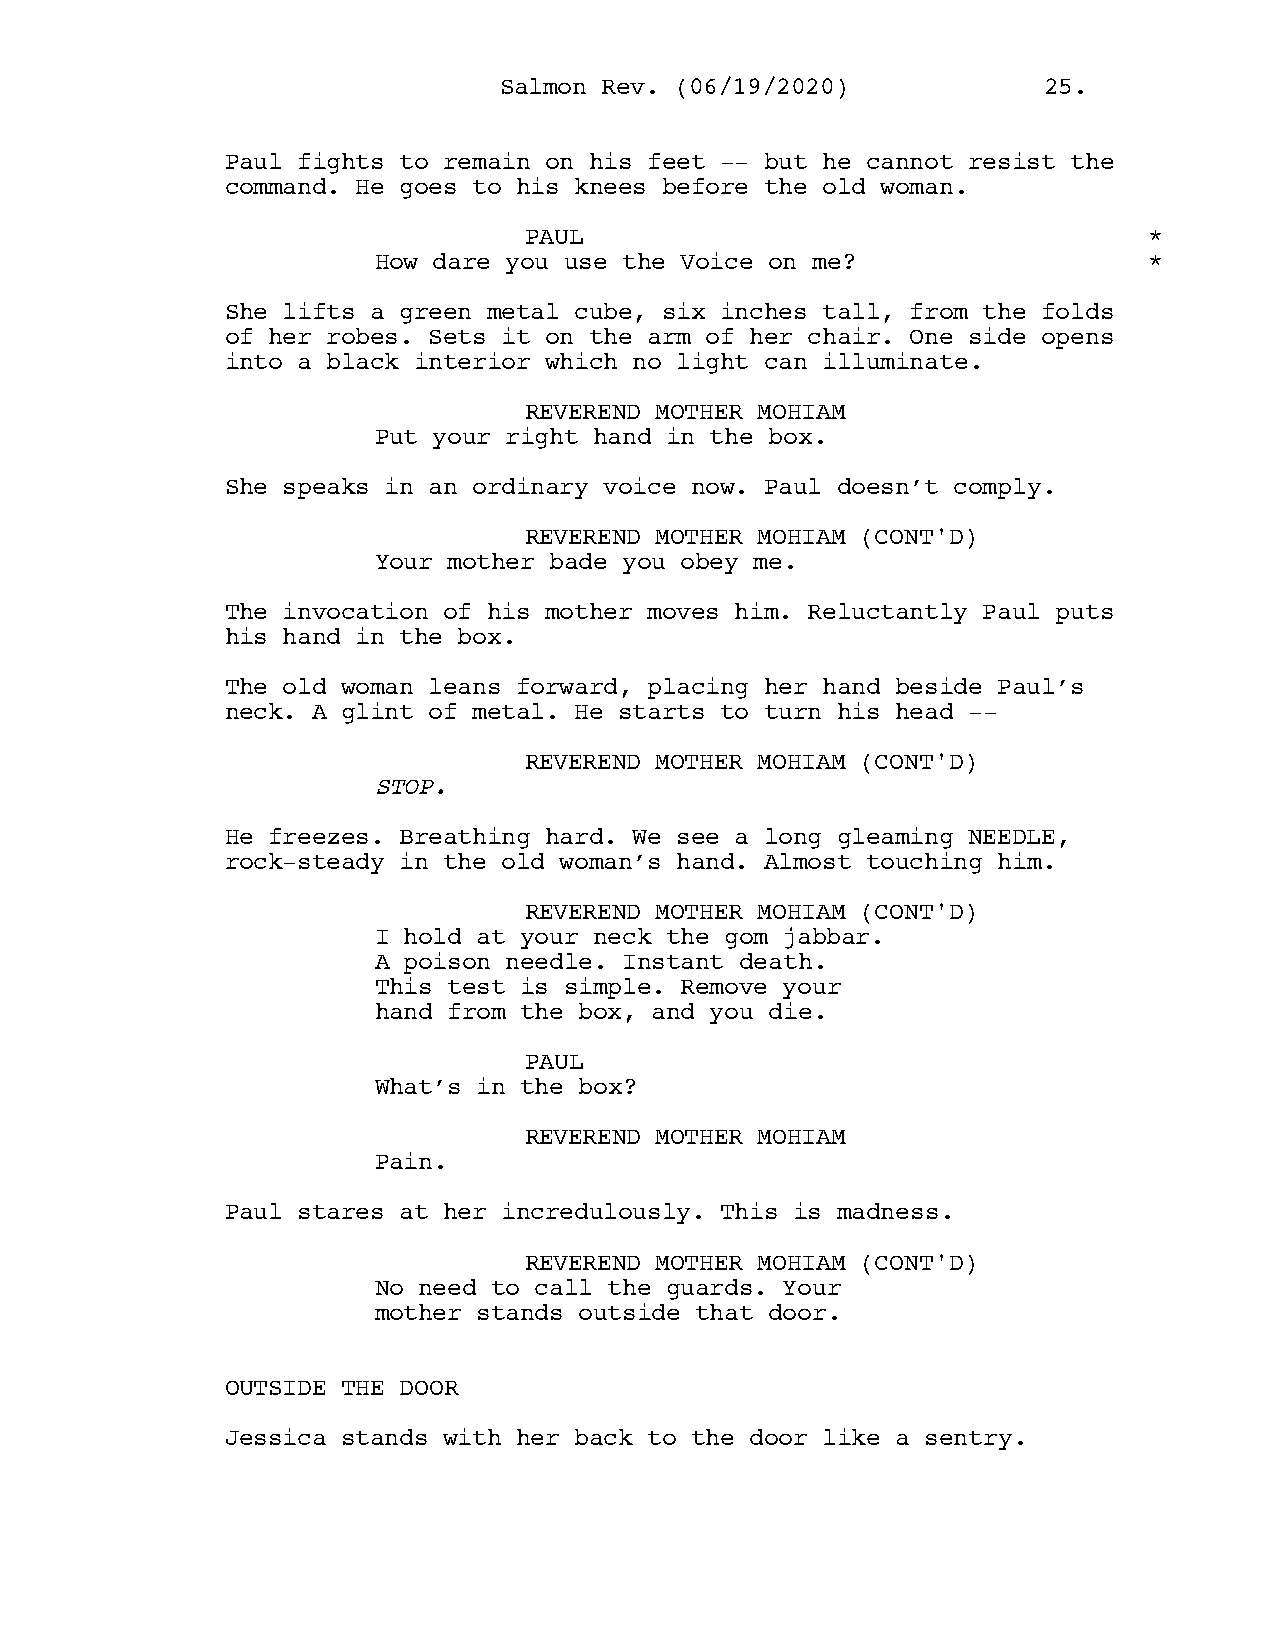
SSaallmmoonn RReevv.. ((0066//1199//22002200)) 2255..
 Paul fights to remain on his feet -- but he cannot resist the
 command. He goes to his knees before the old woman.
 PAUL                                     *
 How dare you use the Voice on me?                  *
 She lifts a green metal cube, six inches tall, from the folds
 of her robes. Sets it on the arm of her chair. One side opens
 into a black interior which no light can illuminate.
 REVEREND MOTHER MOHIAM
 Put your right hand in the box.
 She speaks in an ordinary voice now. Paul doesn’t comply.
 REVEREND MOTHER MOHIAM (CONT'D)
 Your mother bade you obey me.
 The invocation of his mother moves him. Reluctantly Paul puts
 his hand in the box.
 The old woman leans forward, placing her hand beside Paul’s
 neck. A glint of metal. He starts to turn his head --
 REVEREND MOTHER MOHIAM (CONT'D)
 STOP.
 He freezes. Breathing hard. We see a long gleaming NEEDLE,
 rock-steady in the old woman’s hand. Almost touching him.
 REVEREND MOTHER MOHIAM (CONT'D)
 I hold at your neck the gom jabbar.
 A poison needle. Instant death.
 This test is simple. Remove your
 hand from the box, and you die.
 PAUL
 What’s in the box?
 REVEREND MOTHER MOHIAM
 Pain.
 Paul stares at her incredulously. This is madness.
 REVEREND MOTHER MOHIAM (CONT'D)
 No need to call the guards. Your
 mother stands outside that door.
 OUTSIDE THE DOOR
 Jessica stands with her back to the door like a sentry.